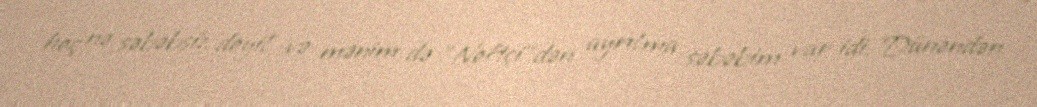
heç nə səbəbsiz deyil və mənim də "Neftçi"dən ayrılma səbəbim var idi. Dünəndən